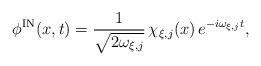
LaTeX: \begin{align*}\phi^{\rm IN}(x,t) = \frac{1}{\sqrt{2\omega_{\xi,j}}}\, \chi_{\xi,j}(x)\, e^{-i\omega_{\xi,j} t},\end{align*}